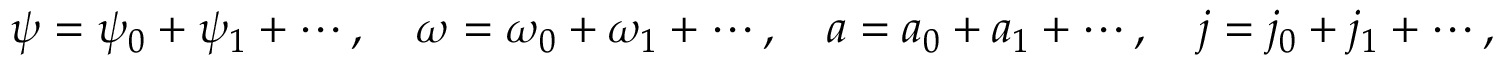
\psi = \psi _ { 0 } + \psi _ { 1 } + \cdots , \quad \omega = \omega _ { 0 } + \omega _ { 1 } + \cdots , \quad a = a _ { 0 } + a _ { 1 } + \cdots , \quad j = j _ { 0 } + j _ { 1 } + \cdots ,